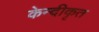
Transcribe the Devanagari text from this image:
केन्दीकृत